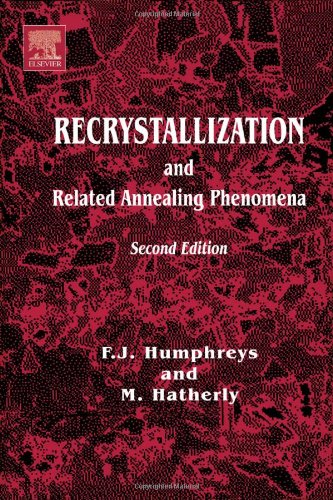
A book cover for Recrystallization and Related Annealing Phenomena, Second Edition (Pergamon Materials Series); Anthony Rollett; Science & Math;